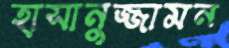
হাসানুজ্জামন